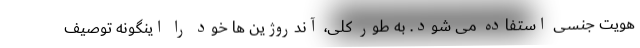
هویت جنسی استفاده می شود. به طور کلی، آندروژین ها خود را اینگونه توصیف